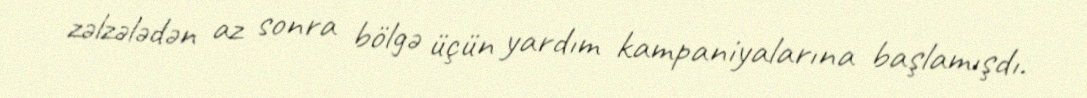
zəlzələdən az sonra bölgə üçün yardım kampaniyalarına başlamışdı.